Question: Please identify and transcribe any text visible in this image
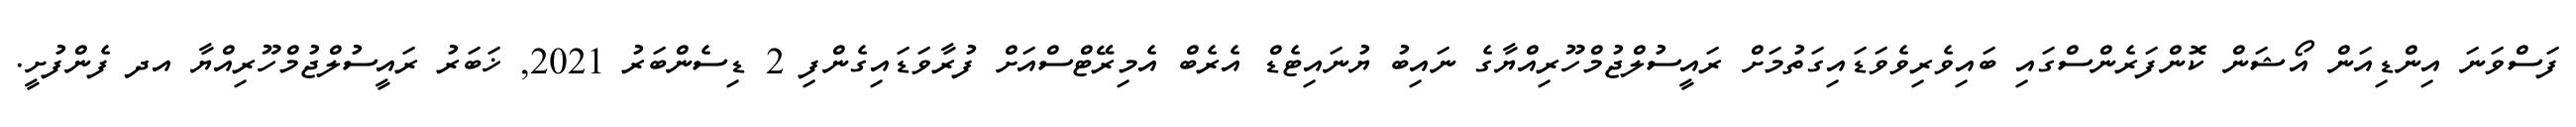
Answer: ފަސްވަނަ އިންޑިއަން އޯޝަން ކޮންފަރެންސްގައި ބައިވެރިވެވަޑައިގަތުމަށް ރައީސުލްޖުމްހޫރިއްޔާގެ ނައިބު ޔުނައިޓެޑް އެރެބް އެމިރޭޓްސްއަށް ފުރާވަޑައިގެންފި 2 ޑިސެންބަރު 2021, ޚަބަރު ރައީސުލްޖުމްހޫރިއްޔާ އދ ފެންފުށީ.